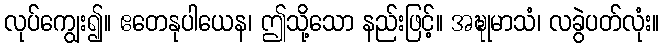
လုပ်ကျွေး၍။ ဧတေနုပါယေန၊ ဤသို့သော နည်းဖြင့်။ အဍ္ဎုမာသံ၊ လခွဲပတ်လုံး။